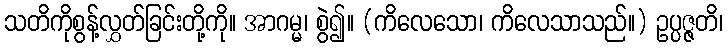
သတိကိုစွန့်လွှတ်ခြင်းတို့ကို။ အာဂမ္မ၊ စွဲ၍။ (ကိလေသော၊ ကိလေသာသည်။) ဥပ္ပဇ္ဇတိ၊